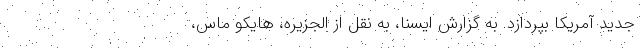
جدید آمریکا بپردازد. به گزارش ایسنا، به نقل از الجزیره، هایکو ماس،